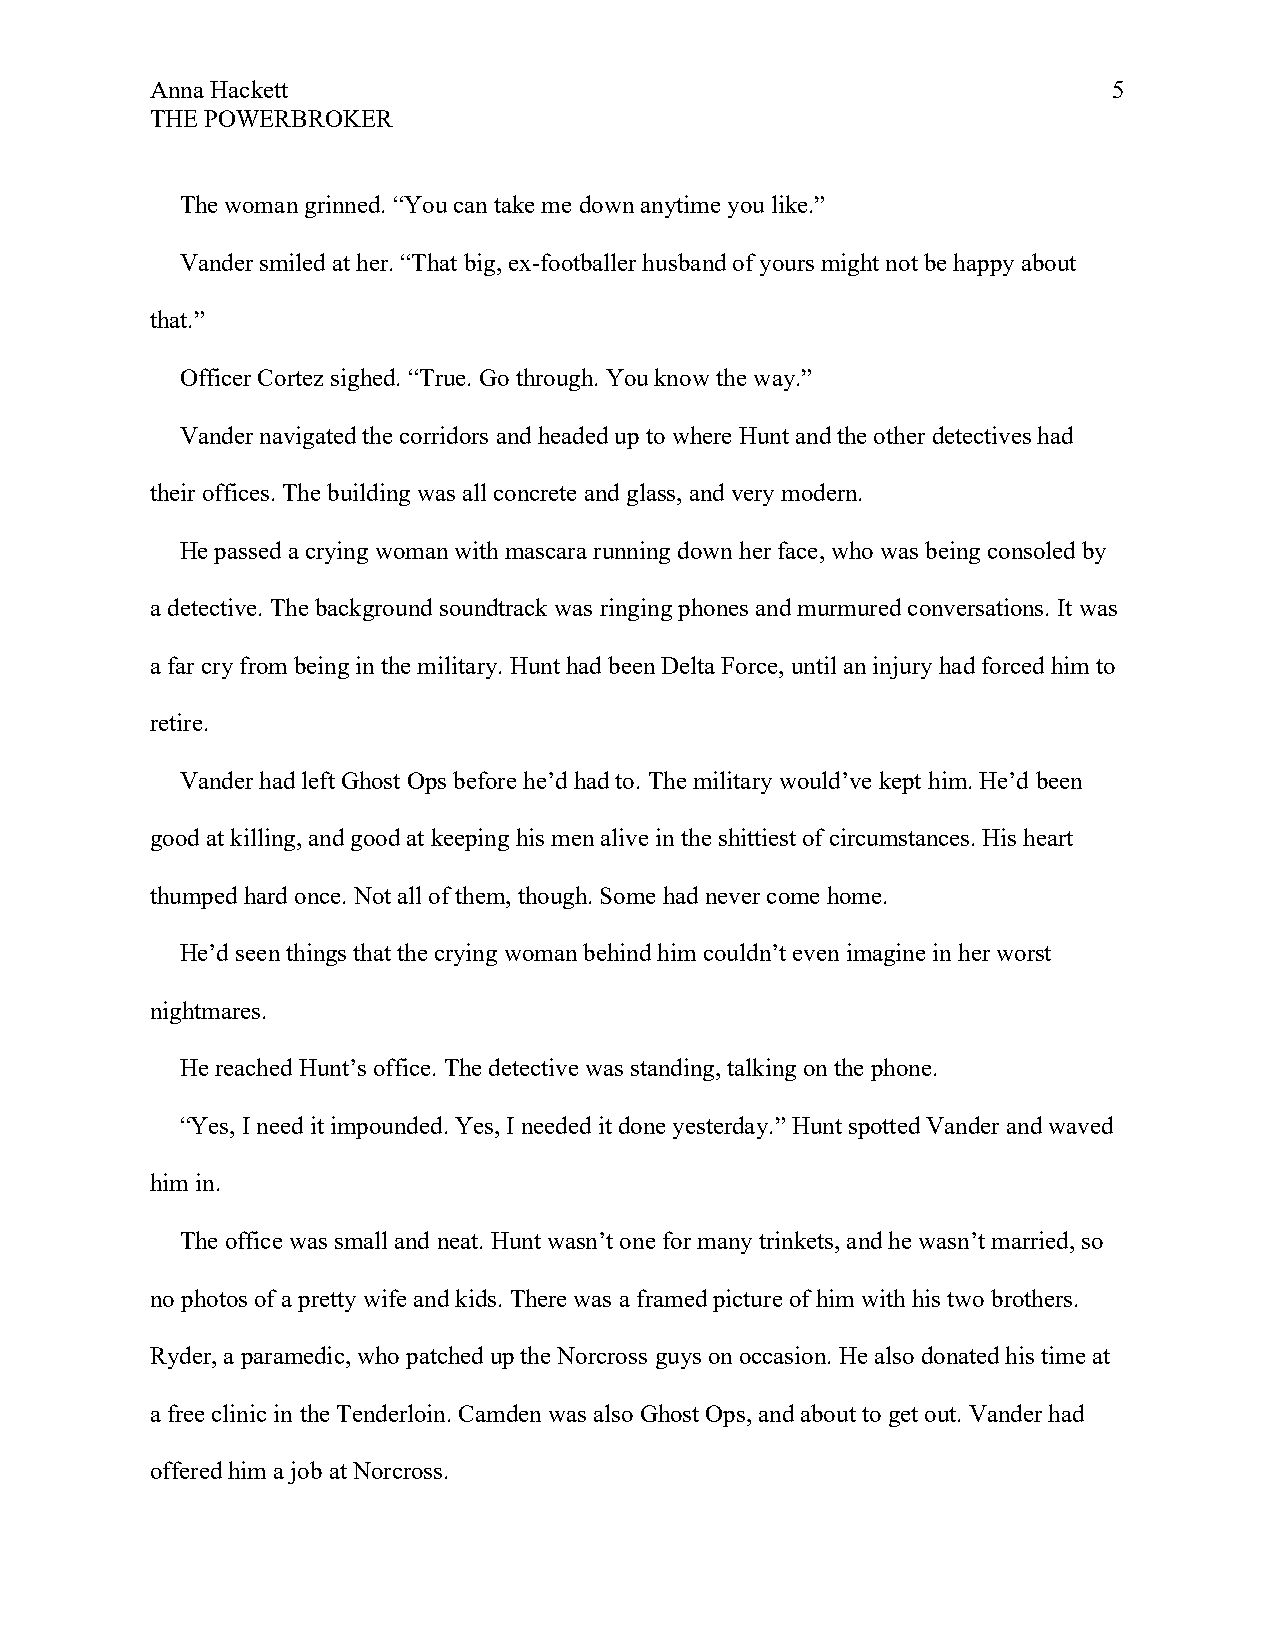
Anna Hackett                                                    5
 THE POWERBROKER
 The woman grinned. “You can take me down anytime you like.”
 Vander smiled at her. “That big, ex-footballer husband of yours might not be happy about
 that.”
 Officer Cortez sighed. “True. Go through. You know the way.”
 Vander navigated the corridors and headed up to where Hunt and the other detectives had
 their offices. The building was all concrete and glass, and very modern.
 He passed a crying woman with mascara running down her face, who was being consoled by
 a detective. The background soundtrack was ringing phones and murmured conversations. It was
 a far cry from being in the military. Hunt had been Delta Force, until an injury had forced him to
 retire.
 Vander had left Ghost Ops before he’d had to. The military would’ve kept him. He’d been
 good at killing, and good at keeping his men alive in the shittiest of circumstances. His heart
 thumped hard once. Not all of them, though. Some had never come home.
 He’d seen things that the crying woman behind him couldn’t even imagine in her worst
 nightmares.
 He reached Hunt’s office. The detective was standing, talking on the phone.
 “Yes, I need it impounded. Yes, I needed it done yesterday.” Hunt spotted Vander and waved
 him in.
 The office was small and neat. Hunt wasn’t one for many trinkets, and he wasn’t married, so
 no photos of a pretty wife and kids. There was a framed picture of him with his two brothers.
 Ryder, a paramedic, who patched up the Norcross guys on occasion. He also donated his time at
 a free clinic in the Tenderloin. Camden was also Ghost Ops, and about to get out. Vander had
 offered him a job at Norcross.